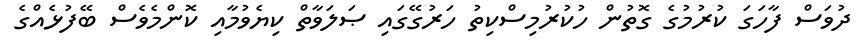
ދުވަސް ފާހަގަ ކުރުމުގެ ގޮތުން ހުކުރުމިސްކިތު ހަރުގޭގައި ޞަލަވާތް ކިޔެވުމާއި ކޮންމެވެސް ބޭފުޅެއްގެ